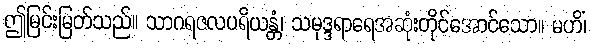
ဤမြင်းမြတ်သည်။ သာဂရဇလပရိယန္တံ၊ သမုဒ္ဒရာရေအဆုံးတိုင်အောင်သော။ မဟိံ၊